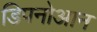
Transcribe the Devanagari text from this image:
डिपनोआन